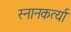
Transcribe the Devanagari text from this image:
स्नानकर्त्या